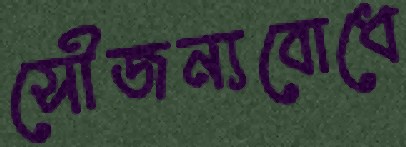
সৌজন্যবোধে